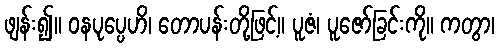
ဖျန်း၍။ ဝနပုပ္ပေဟိ၊ တောပန်းတို့ဖြင့်။ ပူဇံ၊ ပူဇော်ခြင်းကို။ ကတွာ၊